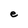
Character: e